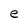
Character: e